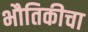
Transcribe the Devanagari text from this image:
भौतिकीचा